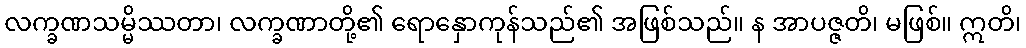
လက္ခဏသမ္မိဿတာ၊ လက္ခဏာတို့၏ ရောနှောကုန်သည်၏ အဖြစ်သည်။ န အာပဇ္ဇတိ၊ မဖြစ်။ ဣတိ၊